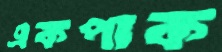
একপাক